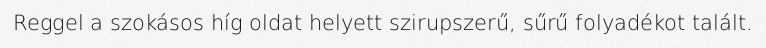
Reggel a szokásos híg oldat helyett szirupszerű, sűrű folyadékot talált.